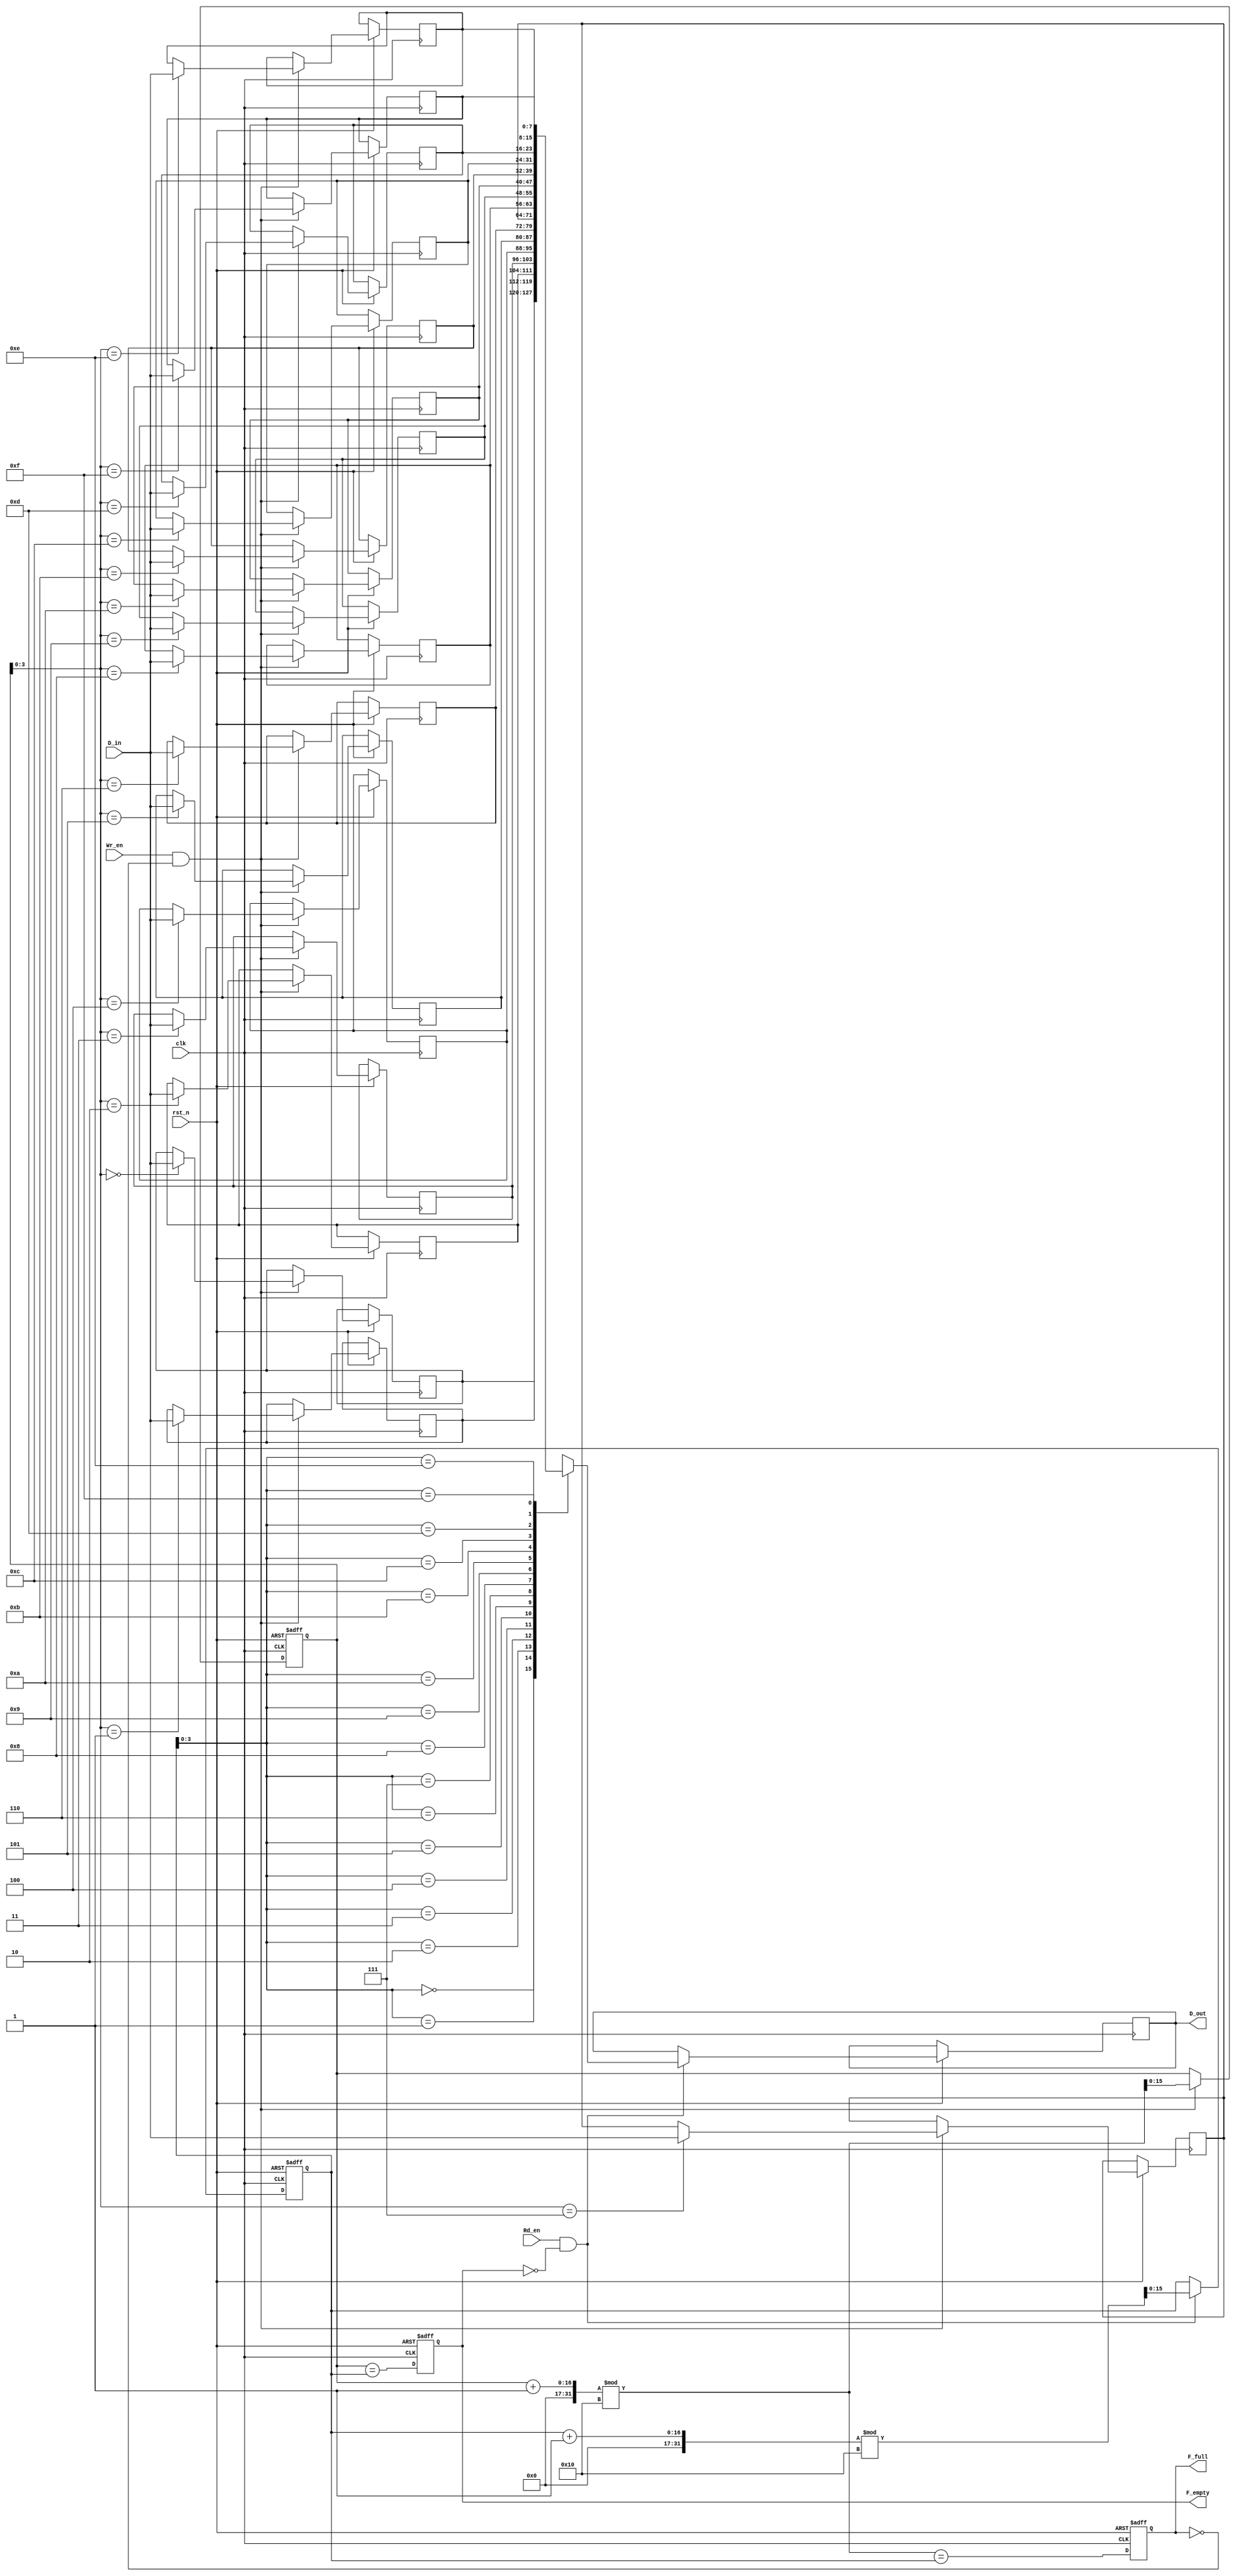
module fifo_sram #(
    parameter DEPTH = 16,  // Number of entries in the FIFO
    parameter WIDTH = 8    // Width of each entry in bits
)(
    input wire clk,        // Clock signal
    input wire rst_n,      // Active low reset signal
    input wire [WIDTH-1:0] D_in, // Data input
    input wire Wr_en,      // Write enable
    input wire Rd_en,      // Read enable
    output reg [WIDTH-1:0] D_out, // Data output
    output reg F_full,     // Full flag
    output reg F_empty     // Empty flag
);

    // Memory array
    reg [WIDTH-1:0] mem [0:DEPTH-1];

    // Pointers
    reg [DEPTH-1:0] WPtr; // Write pointer
    reg [DEPTH-1:0] RPtr; // Read pointer

    // FIFO management
    always @(posedge clk or negedge rst_n) begin
        if (!rst_n) begin
            // Reset logic
            WPtr <= 0;
            RPtr <= 0;
            F_full <= 0;
            F_empty <= 1;
        end else begin
            // Write operation
            if (Wr_en && !F_full) begin
                mem[WPtr] <= D_in; // Write data to memory
                WPtr <= (WPtr + 1) % DEPTH; // Increment write pointer
            end

            // Read operation
            if (Rd_en && !F_empty) begin
                D_out <= mem[RPtr]; // Read data from memory
                RPtr <= (RPtr + 1) % DEPTH; // Increment read pointer
            end

            // Update flags
            F_full <= (WPtr + 1) % DEPTH == RPtr; // Check if FIFO is full
            F_empty <= (WPtr == RPtr); // Check if FIFO is empty
        end
    end

endmodule